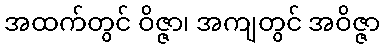
အထက်တွင် ဝိဇ္ဇာ၊ အကျတွင် အဝိဇ္ဇာ